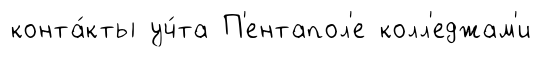
конта́кты уч́та П'ентапол'е колл'еджам'и